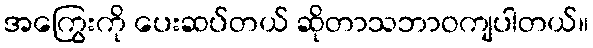
အကြွေးကို ပေးဆပ်တယ် ဆိုတာသဘာဝကျပါတယ်။